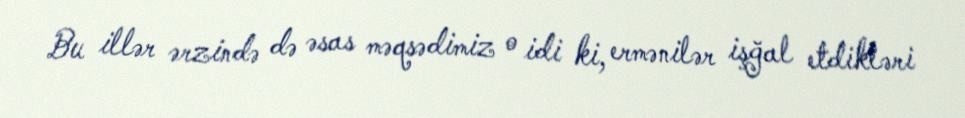
Bu illər ərzində də əsas məqsədimiz o idi ki, ermənilər işğal etdikləri